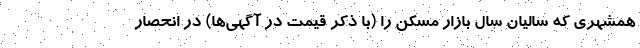
همشهری که سالیان سال بازار مسکن را (با ذکر قیمت در آگهی‌ها) در انحصار